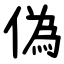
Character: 偽